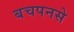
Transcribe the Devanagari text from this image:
बचपनसे